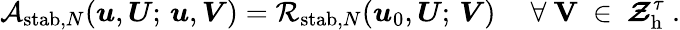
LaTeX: \mathcal{A}_{\mathrm{stab},N}(\boldsymbol{u},\boldsymbol{U};\, \boldsymbol{u},\boldsymbol{V})={\mathcal{R}}_{\mathrm{stab},N}(\boldsymbol{u}_{0},\boldsymbol{U};\, \boldsymbol{V})\quad\mathrm{~\forall~\boldsymbol{V}~\in~\boldsymbol{\mathcal{Z}}_h^\tau~.}